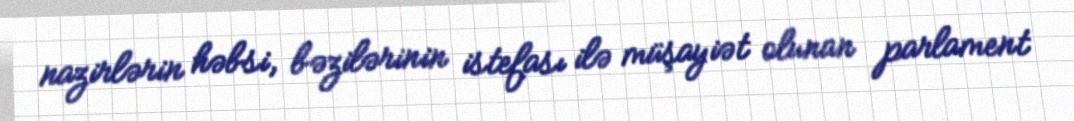
nazirlərin həbsi, bəzilərinin istefası ilə müşayiət olunan parlament